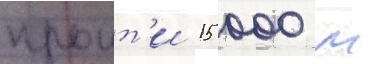
проит'и 15 000 м